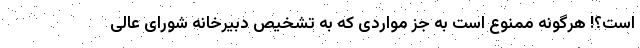
است؟! هرگونه ممنوع است به جز مواردی که به تشخیص دبیرخانه شورای عالی